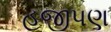
હજીપણ